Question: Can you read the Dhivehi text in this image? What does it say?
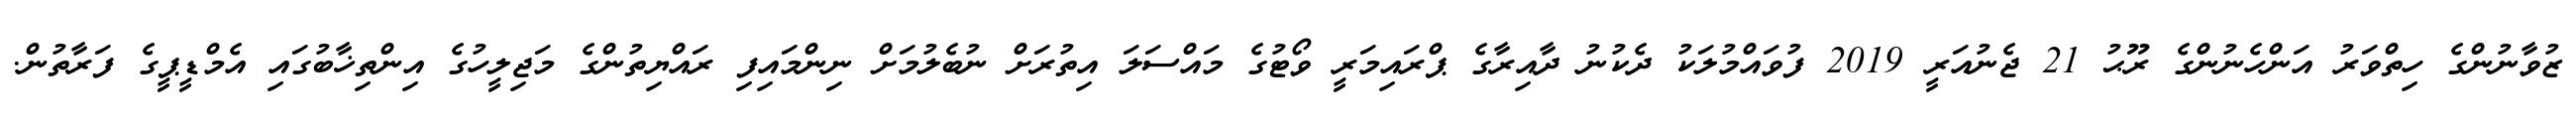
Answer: ޒުވާނުންގެ ހިތްވަރު އަންހެނުންގެ ރޫޙު 21 ޖެނުއަރީ 2019 ފުވައްމުލަކު ދެކުނު ދާއިރާގެ ޕްރައިމަރީ ވޯޓުގެ މައްސަލަ އިތުރަށް ނުބެލުމަށް ނިންމައިފި ރައްޔިތުންގެ މަޖިލީހުގެ އިންތިޚާބުގައި އެމްޑީޕީގެ ފަރާތުން.